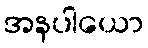
အနပါယော